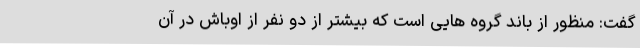
گفت: منظور از باند گروه هایی است که بیشتر از دو نفر از اوباش در آن